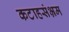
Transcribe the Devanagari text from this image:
कटाहसंभ्रम